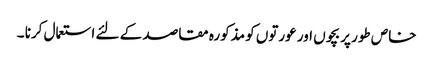
خاص طور پر بچوں اور عورتوں کو مذکورہ مقاصد کے لئے استعمال کرنا ۔